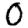
Digit: 0